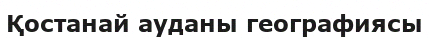
Қостанай ауданы географиясы